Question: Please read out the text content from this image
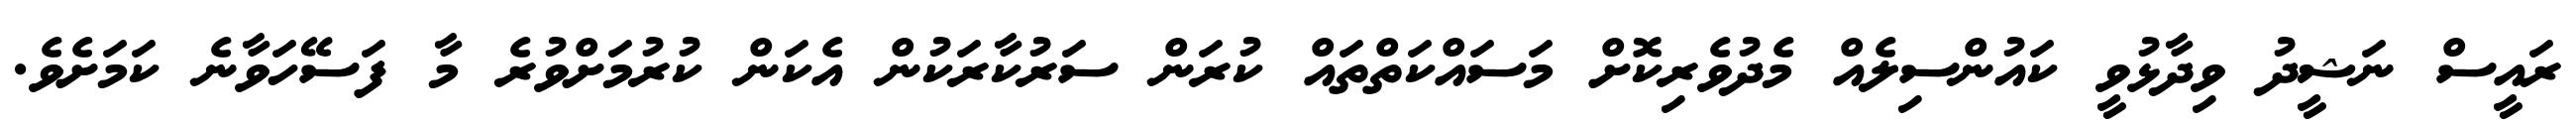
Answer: ރައީސް ނަޝީދު ވިދާޅުވީ ކައުންސިލެއް މެދުވެރިކޮށް މަސައްކަތްތައް ކުރަން ސަރުކާރަކުން އެކަން ކުރުމަށްވުރެ މާ ފަސޭހަވާނެ ކަމަށެވެ.